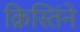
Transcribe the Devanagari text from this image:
क्रिस्तिंने